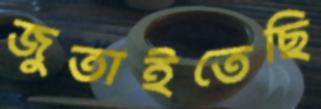
জুতাইতেছি